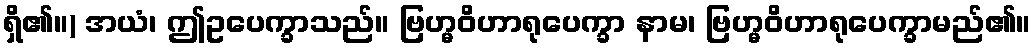
ရှိ၏။) အယံ၊ ဤဥပေက္ခာသည်။ ဗြဟ္မဝိဟာရုပေက္ခာ နာမ၊ ဗြဟ္မဝိဟာရုပေက္ခာမည်၏။